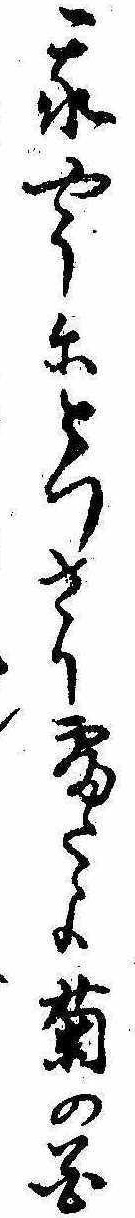
我やうにとつさり寝たよ菊の花